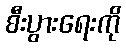
စီးပွားရေးကို